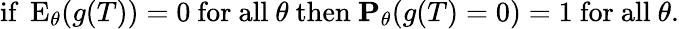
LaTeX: {\mathrm{if~}}\operatorname{E}_{\theta}(g(T))=0{\mathrm{~for~all~}}\theta{\mathrm{~then~}}\mathbf{P}_{\theta}(g(T)=0)=1{\mathrm{~for~all~}}\theta.